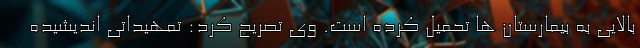
بالایی به بیمارستان ها تحمیل کرده است. وی تصریح کرد: تمهیداتی اندیشیده